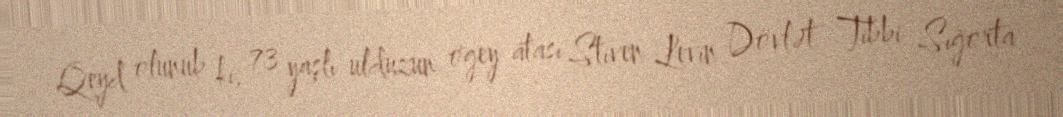
Qeyd olunub ki, 73 yaşlı ulduzun ögey atası Stiven Levin Dövlət Tibbi Sığorta